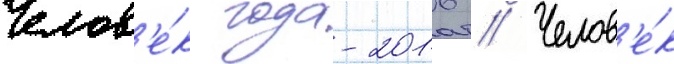
Челов'е́к года-2016 // Челов'е́к